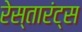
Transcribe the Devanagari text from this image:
रेस्तारंट्स